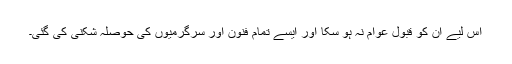
اس لیے ان کو قبول عوام نہ ہو سکا اور ایسے تمام فنون اور سرگرمیوں کی حوصلہ شکنی کی گئی۔